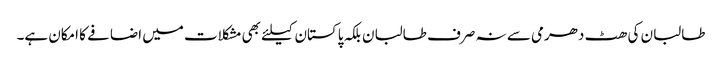
طالبان کی ھٹ دھرمی سے نہ صرف طالبان بلکہ پاکستان کیلئے بھی مشکلات میں اضافے کا امکان ہے۔